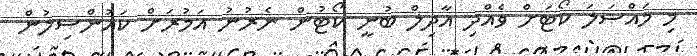
މި މައްސަލަ ކޯޓަށް ވެއްދި އާދިލް ބުނީ ކޯޓުން ނެރުނު އަމުރަށް ކައުންސިލުން